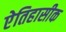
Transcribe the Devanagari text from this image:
एेतिहासीक